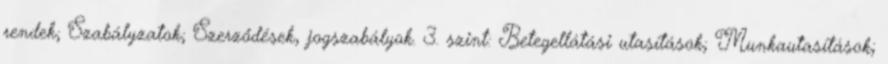
rendek; Szabályzatok; Szerződések, jogszabályok. 3. szint: Betegellátási utasítások; Munkautasítások;